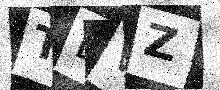
Text: TDVZ